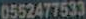
0552477533